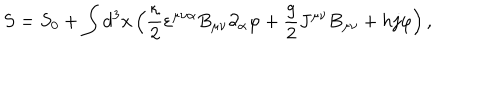
S = S _ { 0 } + \int d ^ { 3 } x \left( \frac \kappa 2 \varepsilon ^ { \mu \nu \alpha } B _ { \mu \nu } \partial _ { \alpha } \varphi + \frac g 2 J ^ { \mu \nu } B _ { \mu \nu } + h j \varphi \right) ,